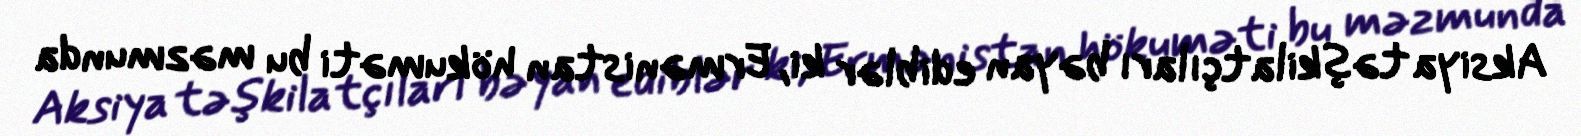
Aksiya təşkilatçıları bəyan ediblər ki, Ermənistan hökuməti bu məzmunda